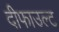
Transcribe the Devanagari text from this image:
दीफाउल्ट